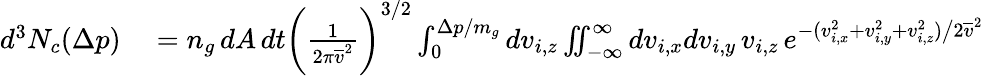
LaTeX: \begin{array}{rl}{d^{3}N_{c}(\Delta p)}&{{}=n_{g}\, dA\, dt\bigg(\frac{1}{2\pi\overline{{v}}^{2}}\bigg)^{3/2}\int_{0}^{\Delta p/m_{g}}dv_{i,z}\iint_{-\infty}^{\infty}dv_{i,x}dv_{i,y}\, v_{i,z}\, e^{-(v_{i,x}^{2}+v_{i,y}^{2}+v_{i,z}^{2})\big/2\overline{{v}}^{2}}}\end{array}